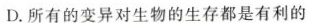
D.所有的变异对生物的生存都是有利的